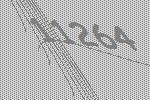
11264